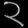
Digit: ၃